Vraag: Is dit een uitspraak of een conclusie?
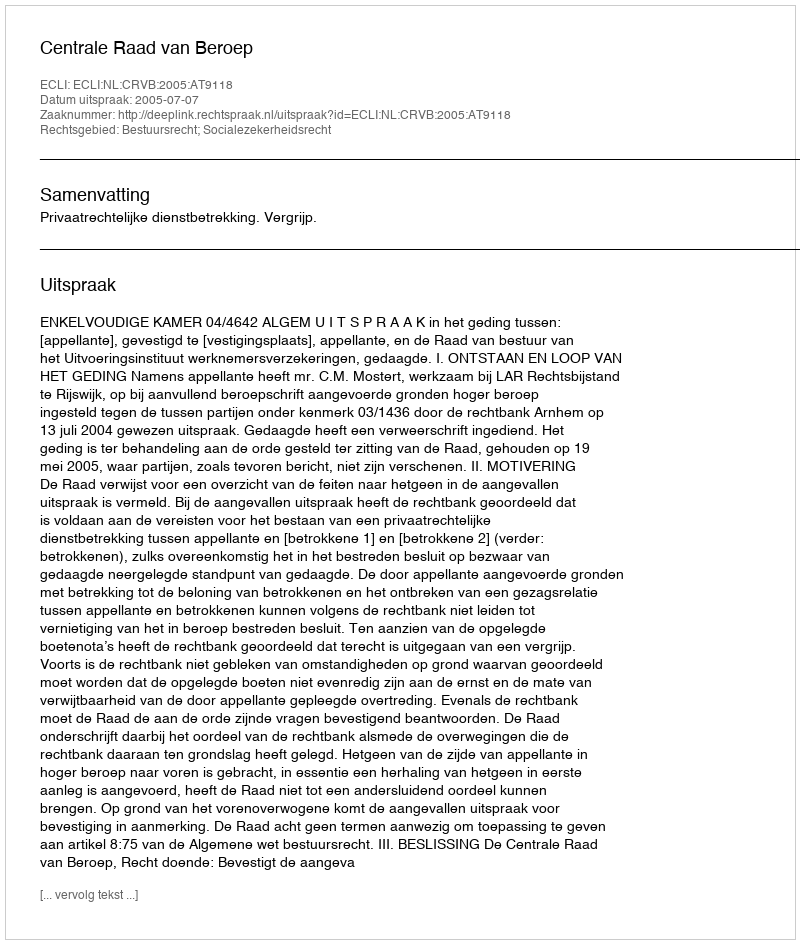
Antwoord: Uitspraak